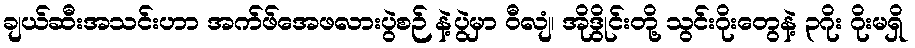
ချယ်ဆီးအသင်းဟာ အက်ဖ်အေဖလားပွဲစဉ် နဲ့ပွဲမှာ ဝီလျံ၊ အိုဒွိုင်းတို့ သွင်းဂိုးတွေနဲ့ ၃ဂိုး ဂိုးမရှိ